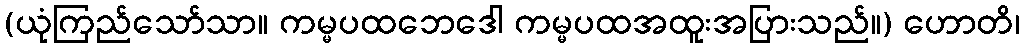
(ယုံကြည်သော်သာ။ ကမ္မပထဘေဒေါ ကမ္မပထအထူးအပြားသည်။) ဟောတိ၊